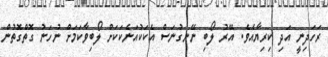
ރަހަދިނީ އަދި ކިރިޔާއެވެ. އޭރު ލޯބި ނޭނގުނަސް އެކަކުއަނެކަކަށް ލޯބިވާކަމަށް ނުހަނު ގޮތްގޮތުން